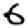
Digit: 6